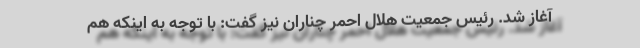
آغاز شد. رئیس جمعیت هلال احمر چناران نیز گفت: با توجه به اینکه هم